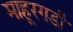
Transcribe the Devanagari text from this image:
माहूरगडी